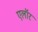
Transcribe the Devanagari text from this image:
एलॉर